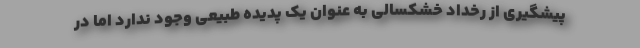
پیشگیری از رخداد خشکسالی به عنوان یک پدیده طبیعی وجود ندارد اما در